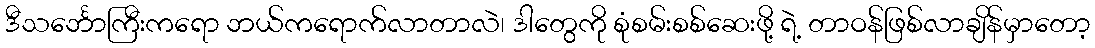
ဒီသင်္ဘောကြီးကရော ဘယ်ကရောက်လာတာလဲ၊ ဒါတွေကို စုံစမ်းစစ်ဆေးဖို့ ရဲ့ တာဝန်ဖြစ်လာချိန်မှာတော့